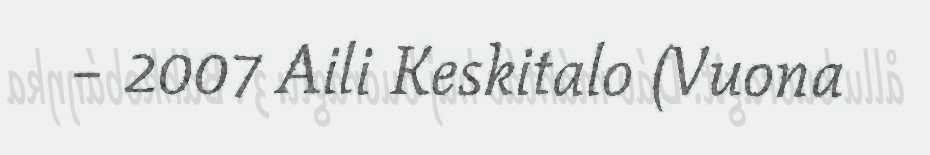
– 2007 Aili Keskitalo (Vuona